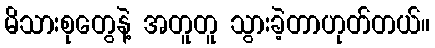
မိသားစုတွေနဲ့ အတူတူ သွားခဲ့တာဟုတ်တယ်။